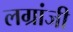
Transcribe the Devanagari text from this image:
लग्रांजी